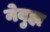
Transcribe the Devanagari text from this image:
नेबुहा